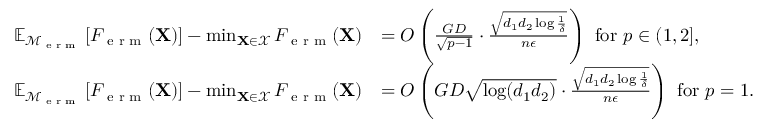
\begin{array} { r l } { \mathbb { E } _ { \mathcal { M } _ { \textup { e r m } } } \left[ F _ { \textup { e r m } } ( \mathbf { X } ) \right] - \operatorname* { m i n } _ { \mathbf { X } \in \mathcal { X } } F _ { \textup { e r m } } ( \mathbf { X } ) } & { = O \left( \frac { G D } { \sqrt { p - 1 } } \cdot \frac { \sqrt { d _ { 1 } d _ { 2 } \log \frac 1 \delta } } { n \epsilon } \right) \mathrm { ~ f o r ~ } p \in ( 1 , 2 ] , } \\ { \mathbb { E } _ { \mathcal { M } _ { \textup { e r m } } } \left[ F _ { \textup { e r m } } ( \mathbf { X } ) \right] - \operatorname* { m i n } _ { \mathbf { X } \in \mathcal { X } } F _ { \textup { e r m } } ( \mathbf { X } ) } & { = O \left( G D \sqrt { \log ( d _ { 1 } d _ { 2 } ) } \cdot \frac { \sqrt { d _ { 1 } d _ { 2 } \log \frac 1 \delta } } { n \epsilon } \right) \mathrm { ~ f o r ~ } p = 1 . } \end{array}